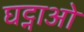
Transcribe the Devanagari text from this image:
घट्नाओ